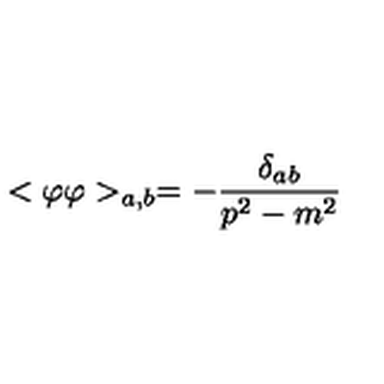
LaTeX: < \varphi \varphi > _ { a , b } = - \frac { \delta _ { a b } } { p ^ { 2 } - m ^ { 2 } }